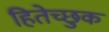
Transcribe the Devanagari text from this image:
हितेच्छुक